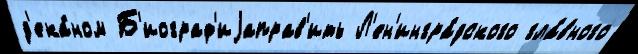
д'ека́ном Б'иограф'иjаправ'ить Л'ен'ингра́дского гла́вного